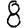
Digit: 8